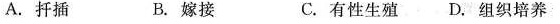
A.扦插 B.嫁接 C.有性生殖D.组织培养